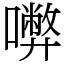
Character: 𡃇